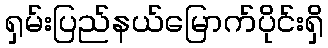
ရှမ်းပြည်နယ်မြောက်ပိုင်းရှိ